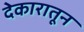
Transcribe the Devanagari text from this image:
देकारातून